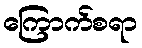
ကြောက်စရာ